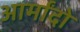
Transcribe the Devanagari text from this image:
आर्मांदो